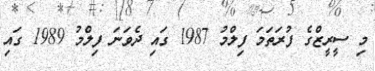
މި ސީރީޒްގެ ފުރަތަމަ ފިލްމު 1987 ގައި ދެވަނަ ފިލްމު 1989 ގައި